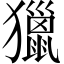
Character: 獵